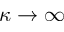
\kappa \to \infty